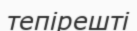
тепірешті